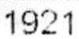
1921